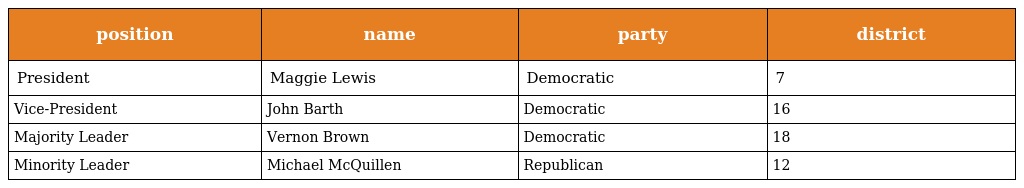
| position | name | party | district |
 | --- | --- | --- | --- |
 | President | Maggie Lewis | Democratic | 7 |
 | Vice-President | John Barth | Democratic | 16 |
 | Majority Leader | Vernon Brown | Democratic | 18 |
 | Minority Leader | Michael McQuillen | Republican | 12 |